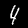
Digit: 4